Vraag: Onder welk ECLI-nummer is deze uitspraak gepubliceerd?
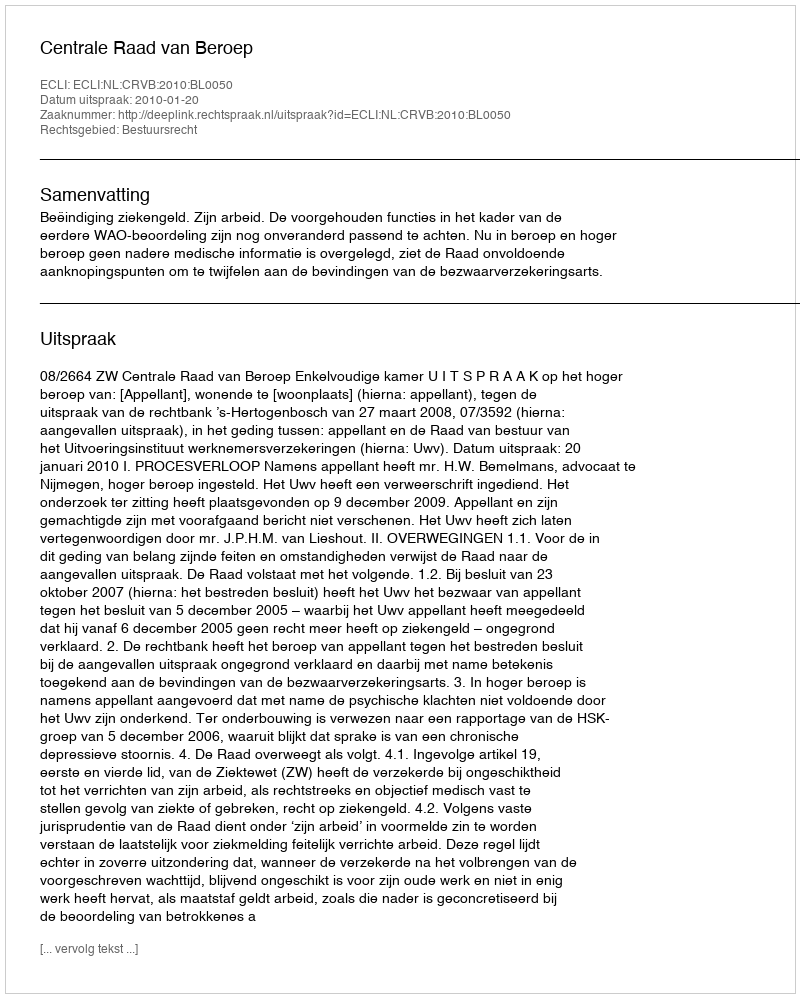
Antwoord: ECLI:NL:CRVB:2010:BL0050